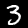
Label: 3